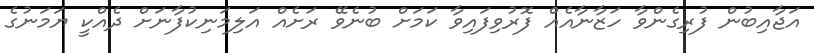
އަޖާއިބުން ފުރިގެންވާ ހަޒާނާއެއް ފޮރުވިފައިވާ ކަމަށް ބުނެވޭ ރަށެއް އަލިމަނިކުފާނަށް ދެއްކީ ޔަމަނުގެ